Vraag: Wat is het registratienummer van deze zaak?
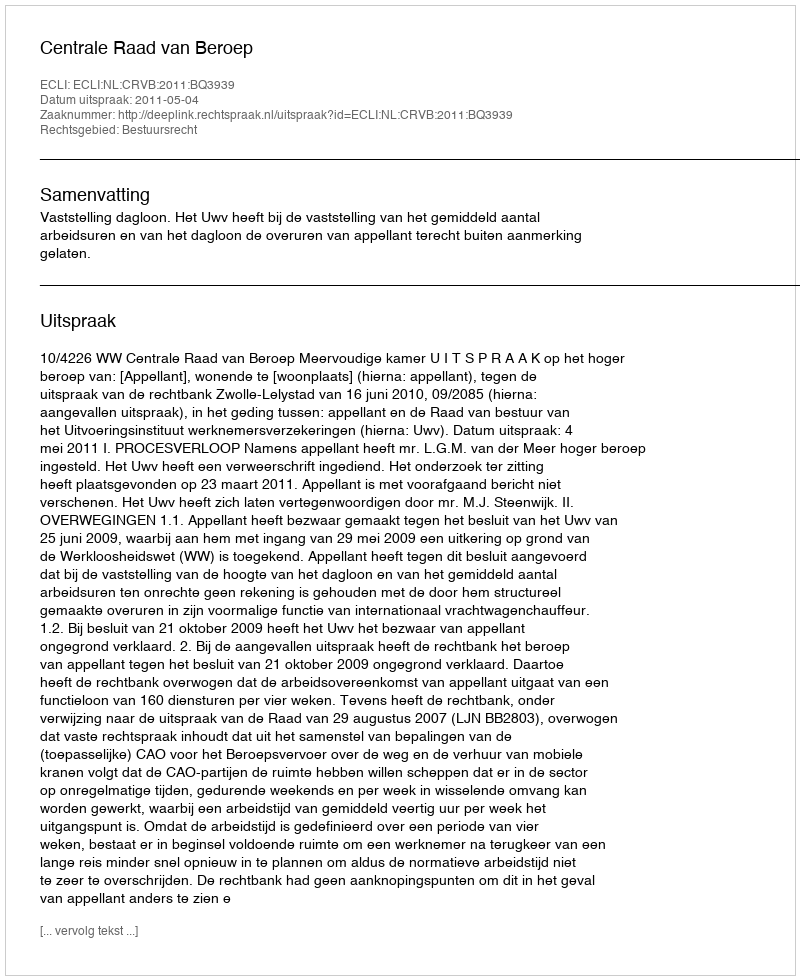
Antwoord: http://deeplink.rechtspraak.nl/uitspraak?id=ECLI:NL:CRVB:2011:BQ3939